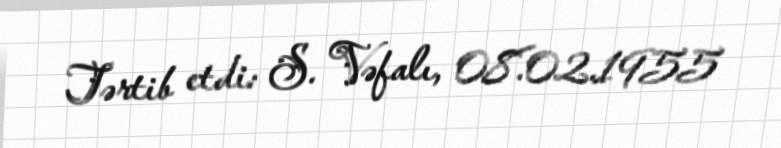
Tərtib etdi: S. Vəfalı, 08.02.1955